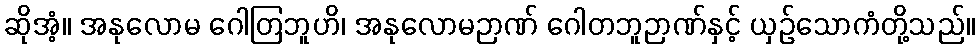
ဆိုအံ့။ အနုလောမ ဂေါတြဘူဟိ၊ အနုလောမဉာဏ် ဂေါတဘူဉာဏ်နှင့် ယှဉ်သောကံတို့သည်။